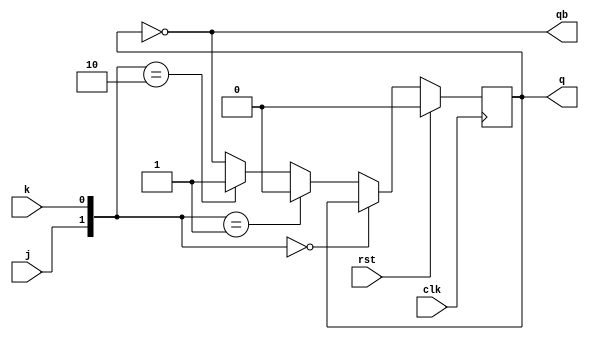
module jk_ff(j,k,clk,rst,q,qb);
	input j,k,clk,rst;
	output reg q;
	output qb;
	always @(posedge clk)
	begin
		if(rst) q<=0;
		else if ({j,k}==2'b00) q<=q;
		else if ({j,k}==2'b01) q<=0;
		else if ({j,k}==2'b10) q<=1;
		else q<=~q;
	end
	assign qb=~q;
endmodule